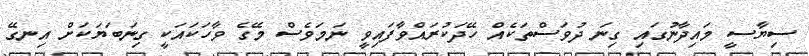
ސިޔާސީ މައިދާނުގައި ގިނަ ދުވަސްތަކެއް ހޭދަކުރައްވާފައިވީ ނަމަވެސް މޭގެ ވާހަކައަކީ ގިނަބަޔަކަށް އިނގޭ